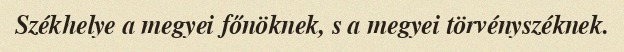
Székhelye a megyei főnöknek, s a megyei törvényszéknek.